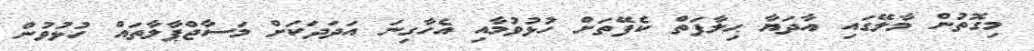
މިގޮތުން މާލޭގައި އާދަޔާ ޙިލާފަތް ކެފޭތަށް ހުޅުވުމާއި އެހާގިނަ އަދަދަކަށް މަސާޖްޕާލާތައް ހުޅުވުން